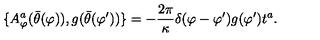
\{ A _ { \varphi } ^ { a } ( \bar { \theta } ( \varphi ) ) , g ( \bar { \theta } ( \varphi ^ { \prime } ) ) \} = - \frac { 2 \pi } { \kappa } \delta ( \varphi - \varphi ^ { \prime } ) g ( \varphi ^ { \prime } ) t ^ { a } .